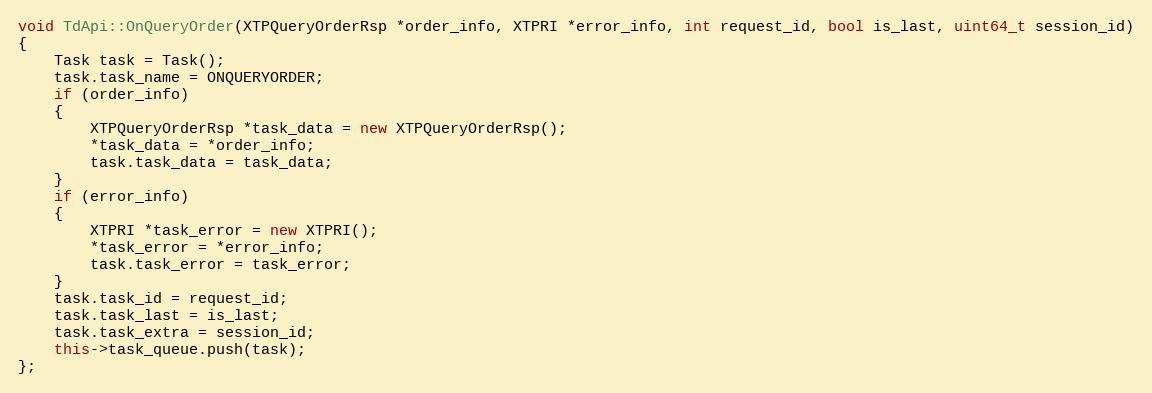
Language: C++
void TdApi::OnQueryOrder(XTPQueryOrderRsp *order_info, XTPRI *error_info, int request_id, bool is_last, uint64_t session_id)
{
	Task task = Task();
	task.task_name = ONQUERYORDER;
	if (order_info)
	{
		XTPQueryOrderRsp *task_data = new XTPQueryOrderRsp();
		*task_data = *order_info;
		task.task_data = task_data;
	}
	if (error_info)
	{
		XTPRI *task_error = new XTPRI();
		*task_error = *error_info;
		task.task_error = task_error;
	}
	task.task_id = request_id;
	task.task_last = is_last;
	task.task_extra = session_id;
	this->task_queue.push(task);
};